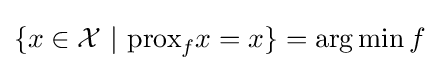
\{x\in {\mathcal {X}}\ |\ {\text{prox}}_{f}x=x\}=\arg \min f